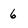
Character: 6